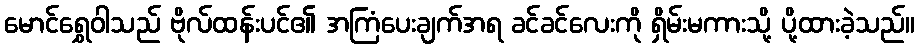
မောင်ရွှေဝါသည် ဗိုလ်ထန်းပင်၏ အကြံပေးချက်အရ ခင်ခင်လေးကို ရှိမ်းမကားသို့ ပို့ထားခဲ့သည်။